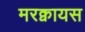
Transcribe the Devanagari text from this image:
मरक्वायस